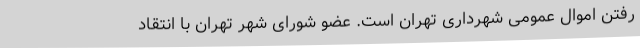
رفتن اموال عمومی شهرداری تهران است. عضو شورای شهر تهران با انتقاد